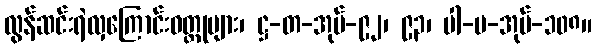
လွန်ဆင်းရဲလှကြောင်းဝတ္ထုများ၊ ဋ္ဌ-တ-အုပ်-၉၂၊ ၉၃၊ ပါ-ပ-အုပ်-၁၀၈။